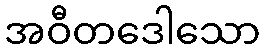
အဝီတဒေါသော